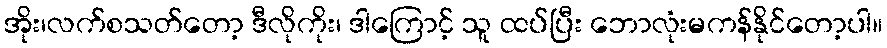
အိုး၊လက်စသတ်တော့ ဒီလိုကိုး၊ ဒါကြောင့် သူ ထပ်ပြီး ဘောလုံးမကန်နိုင်တော့ပါ။